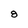
Character: 8